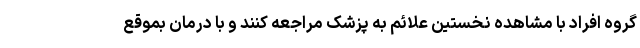
گروه افراد با مشاهده نخستین علائم به پزشک مراجعه کنند و با درمان بموقع